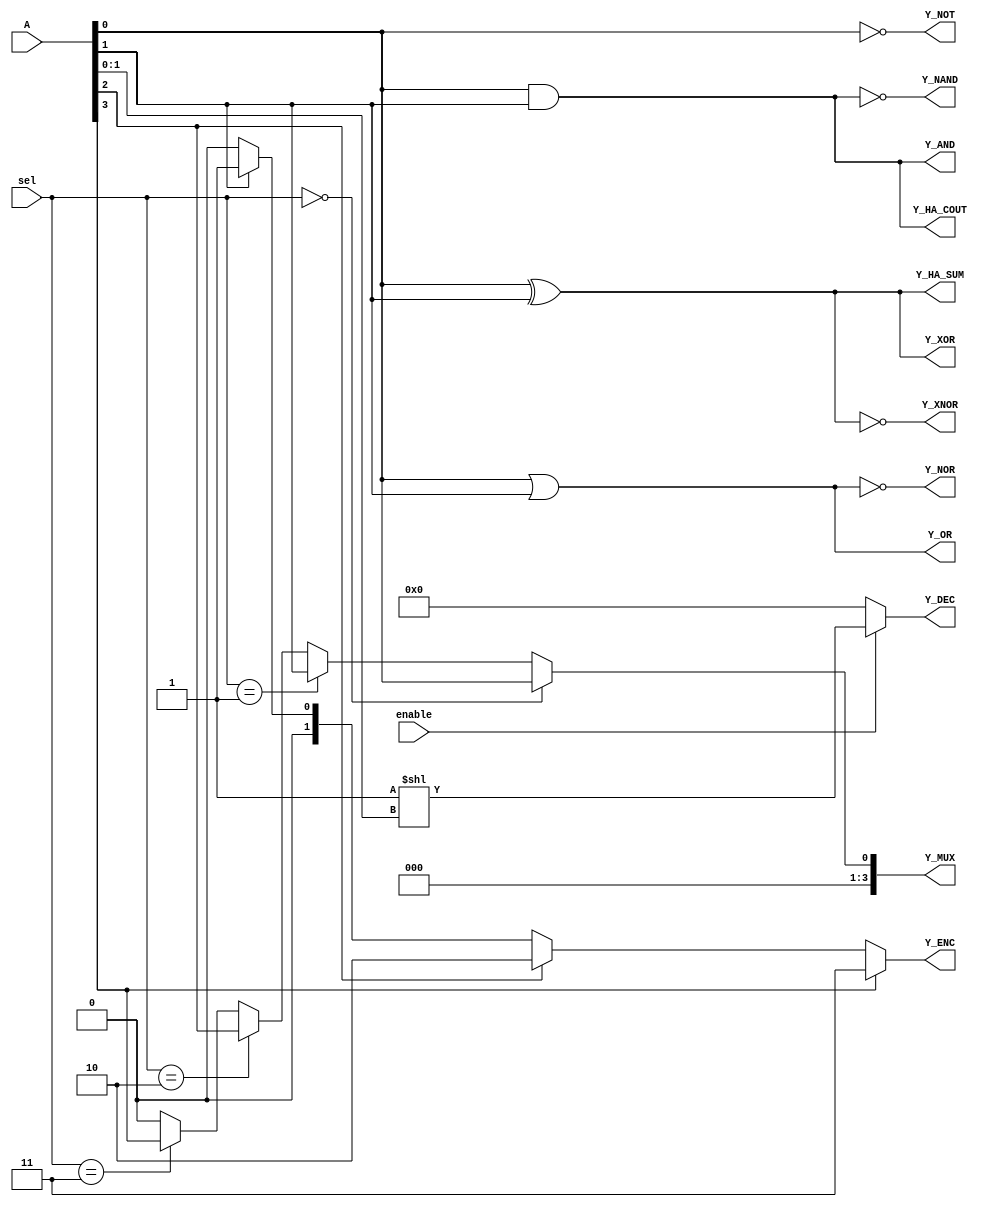
module combinational_logic_blocks (
    input wire [3:0] A,      // 4-bit input for MUX, Decoder, Encoder
    input wire [1:0] sel,    // 2-bit select for MUX
    input wire enable,        // Enable signal for Decoder
    output wire Y_AND,       // AND output
    output wire Y_OR,        // OR output
    output wire Y_NOT,       // NOT output
    output wire Y_NAND,      // NAND output
    output wire Y_NOR,       // NOR output
    output wire Y_XOR,       // XOR output
    output wire Y_XNOR,      // XNOR output
    output wire [3:0] Y_MUX, // MUX output
    output wire [3:0] Y_DEC, // Decoder output
    output wire [1:0] Y_ENC, // Encoder output
    output wire Y_HA_SUM,    // Half Adder Sum output
    output wire Y_HA_COUT    // Half Adder Carry output
);

// Logic Functions
assign Y_AND = A[0] & A[1];          // AND operation
assign Y_OR = A[0] | A[1];           // OR operation
assign Y_NOT = ~A[0];                // NOT operation
assign Y_NAND = ~(A[0] & A[1]);      // NAND operation
assign Y_NOR = ~(A[0] | A[1]);       // NOR operation
assign Y_XOR = A[0] ^ A[1];          // XOR operation
assign Y_XNOR = ~(A[0] ^ A[1]);      // XNOR operation

// Multiplexer (2-to-1 MUX)
assign Y_MUX = (sel == 2'b00) ? A[0] :
               (sel == 2'b01) ? A[1] :
               (sel == 2'b10) ? A[2] :
               (sel == 2'b11) ? A[3] : 1'b0;

// Decoder (2-to-4 Decoder)
assign Y_DEC = (enable) ? (1 << A[1:0]) : 4'b0000;

// Encoder (4-to-2 Encoder)
assign Y_ENC = (A[3]) ? 2'b11 :
               (A[2]) ? 2'b10 :
               (A[1]) ? 2'b01 :
               (A[0]) ? 2'b00 : 2'b00;

// Half Adder
assign Y_HA_SUM = A[0] ^ A[1];       // Sum output
assign Y_HA_COUT = A[0] & A[1];      // Carry output

endmodule